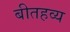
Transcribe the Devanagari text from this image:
बीतहव्य